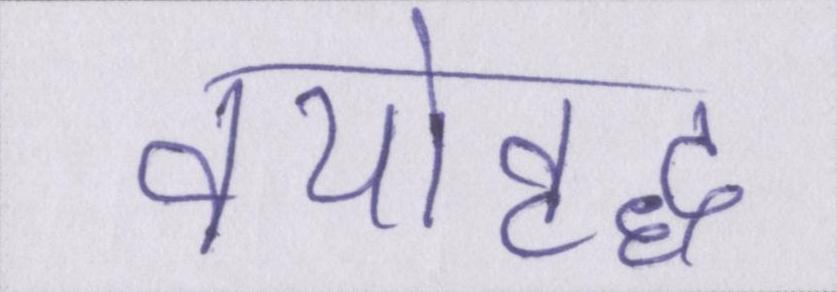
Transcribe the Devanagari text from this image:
वयोवृद्ध